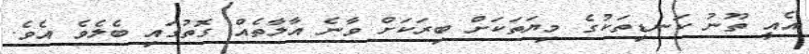
އެއީ ތޫނު ކަނޑިތަކުގެ މިޔަތަކަށް ބިރަކަށް ވާނެ އާލާތެއް ގޮތުގައި ބެލެވެ އެވެ.